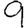
Digit: 9